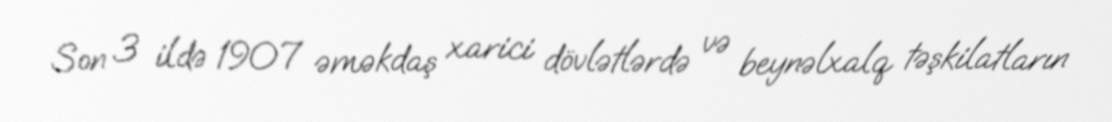
Son 3 ildə 1907 əməkdaş xarici dövlətlərdə və beynəlxalq təşkilatların